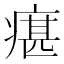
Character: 瘎